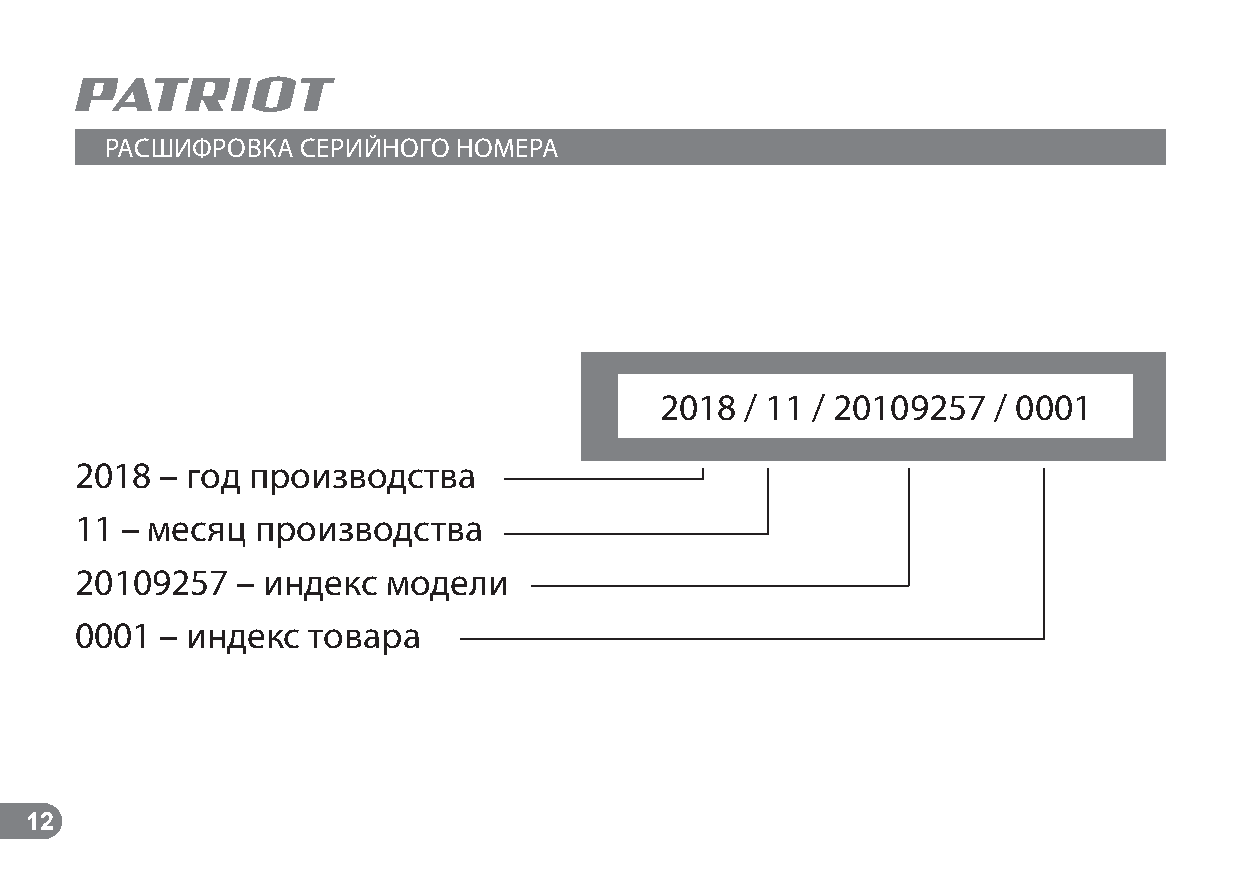
РАСШИФРОВКА  СЕРИЙНОГО НОМЕРА
 2018 / 11 / 20109257  / 0001
 2018  – год производства
 11 – месяц  производства
 20109257   – индекс  модели
 0001  – индекс товара
 12